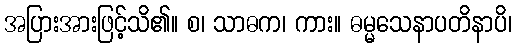
အပြားအားဖြင့်သိ၏။ စ၊ သာဓက၊ ကား။ ဓမ္မသေနာပတိနာပိ၊